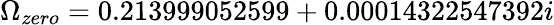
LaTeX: \Omega_{zero}=0.213999052599+0.00014322547392i